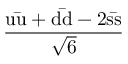
\mathrm { \frac { u { \bar { u } } + d { \bar { d } } - 2 s { \bar { s } } } { \sqrt { 6 } } }